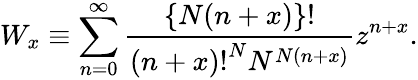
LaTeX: W_{x}\equiv\sum_{n=0}^{\infty}\frac{\{ N(n+x)\} !}{{(n+x)!}^{N}N^{N(n+x)}}z^{n+x}.